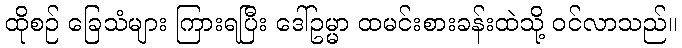
ထိုစဉ် ခြေသံများ ကြားရပြီး ဒေါ်ဥမ္မာ ထမင်းစားခန်းထဲသို့ ဝင်လာသည်။